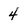
Character: 4